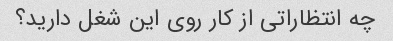
چه انتظاراتی از کار روی این شغل دارید؟